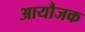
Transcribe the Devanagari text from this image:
आयौजक